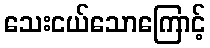
သေးငယ်သောကြောင့်